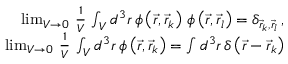
\begin{array} { r l r } & { } & { \operatorname* { l i m } _ { V \rightarrow 0 } \, \frac { 1 } { V } \, \int _ { V } d ^ { 3 } r \, \phi \left( \vec { r } , \vec { r } _ { k } \right) \, \phi \left( \vec { r } , \vec { r } _ { l } \right) = \delta _ { \vec { r } _ { k } , \vec { r } _ { l } } \, , } \\ & { } & { \operatorname* { l i m } _ { V \rightarrow 0 } \, \frac { 1 } { V } \, \int _ { V } d ^ { 3 } r \, \phi \left( \vec { r } , \vec { r } _ { k } \right) = \int d ^ { 3 } r \, \delta \left( \vec { r } - \vec { r } _ { k } \right) } \end{array}